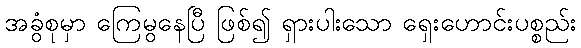
အခွံစုမှာ ကြေမွနေပြီ ဖြစ်၍ ရှားပါးသော ရှေးဟောင်းပစ္စည်း